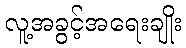
လူ့အခွင့်အရေးချိုး